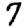
Digit: 7